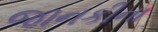
જાનકીના